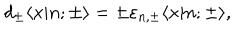
d _ { \pm } \langle x | n ; { \pm } \rangle = \pm \varepsilon _ { n , { \pm } } \langle x | n ; { \pm } \rangle ,